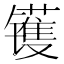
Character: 镬